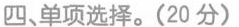
四 单项选择.(20 分)